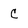
Character: C